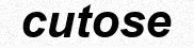
cutose